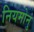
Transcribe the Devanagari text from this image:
नियमोनुं